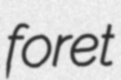
foret